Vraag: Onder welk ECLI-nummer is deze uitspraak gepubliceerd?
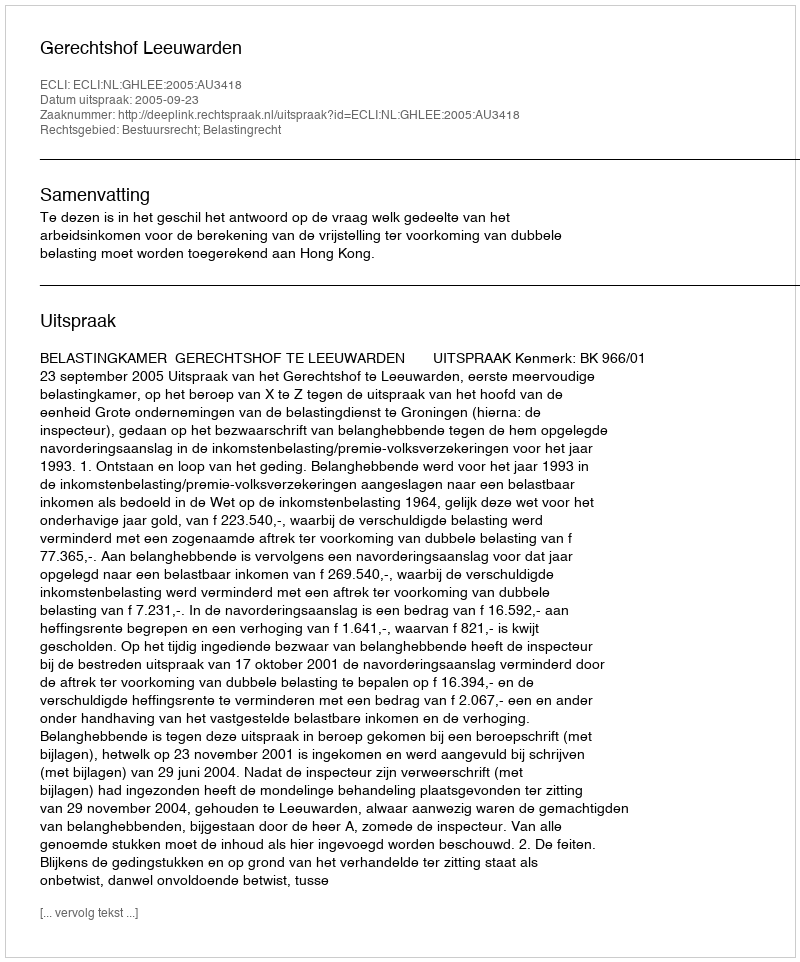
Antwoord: ECLI:NL:GHLEE:2005:AU3418